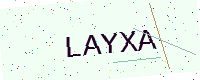
Text: LAYXA